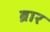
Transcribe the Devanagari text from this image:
ब्रार